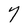
Character: 7